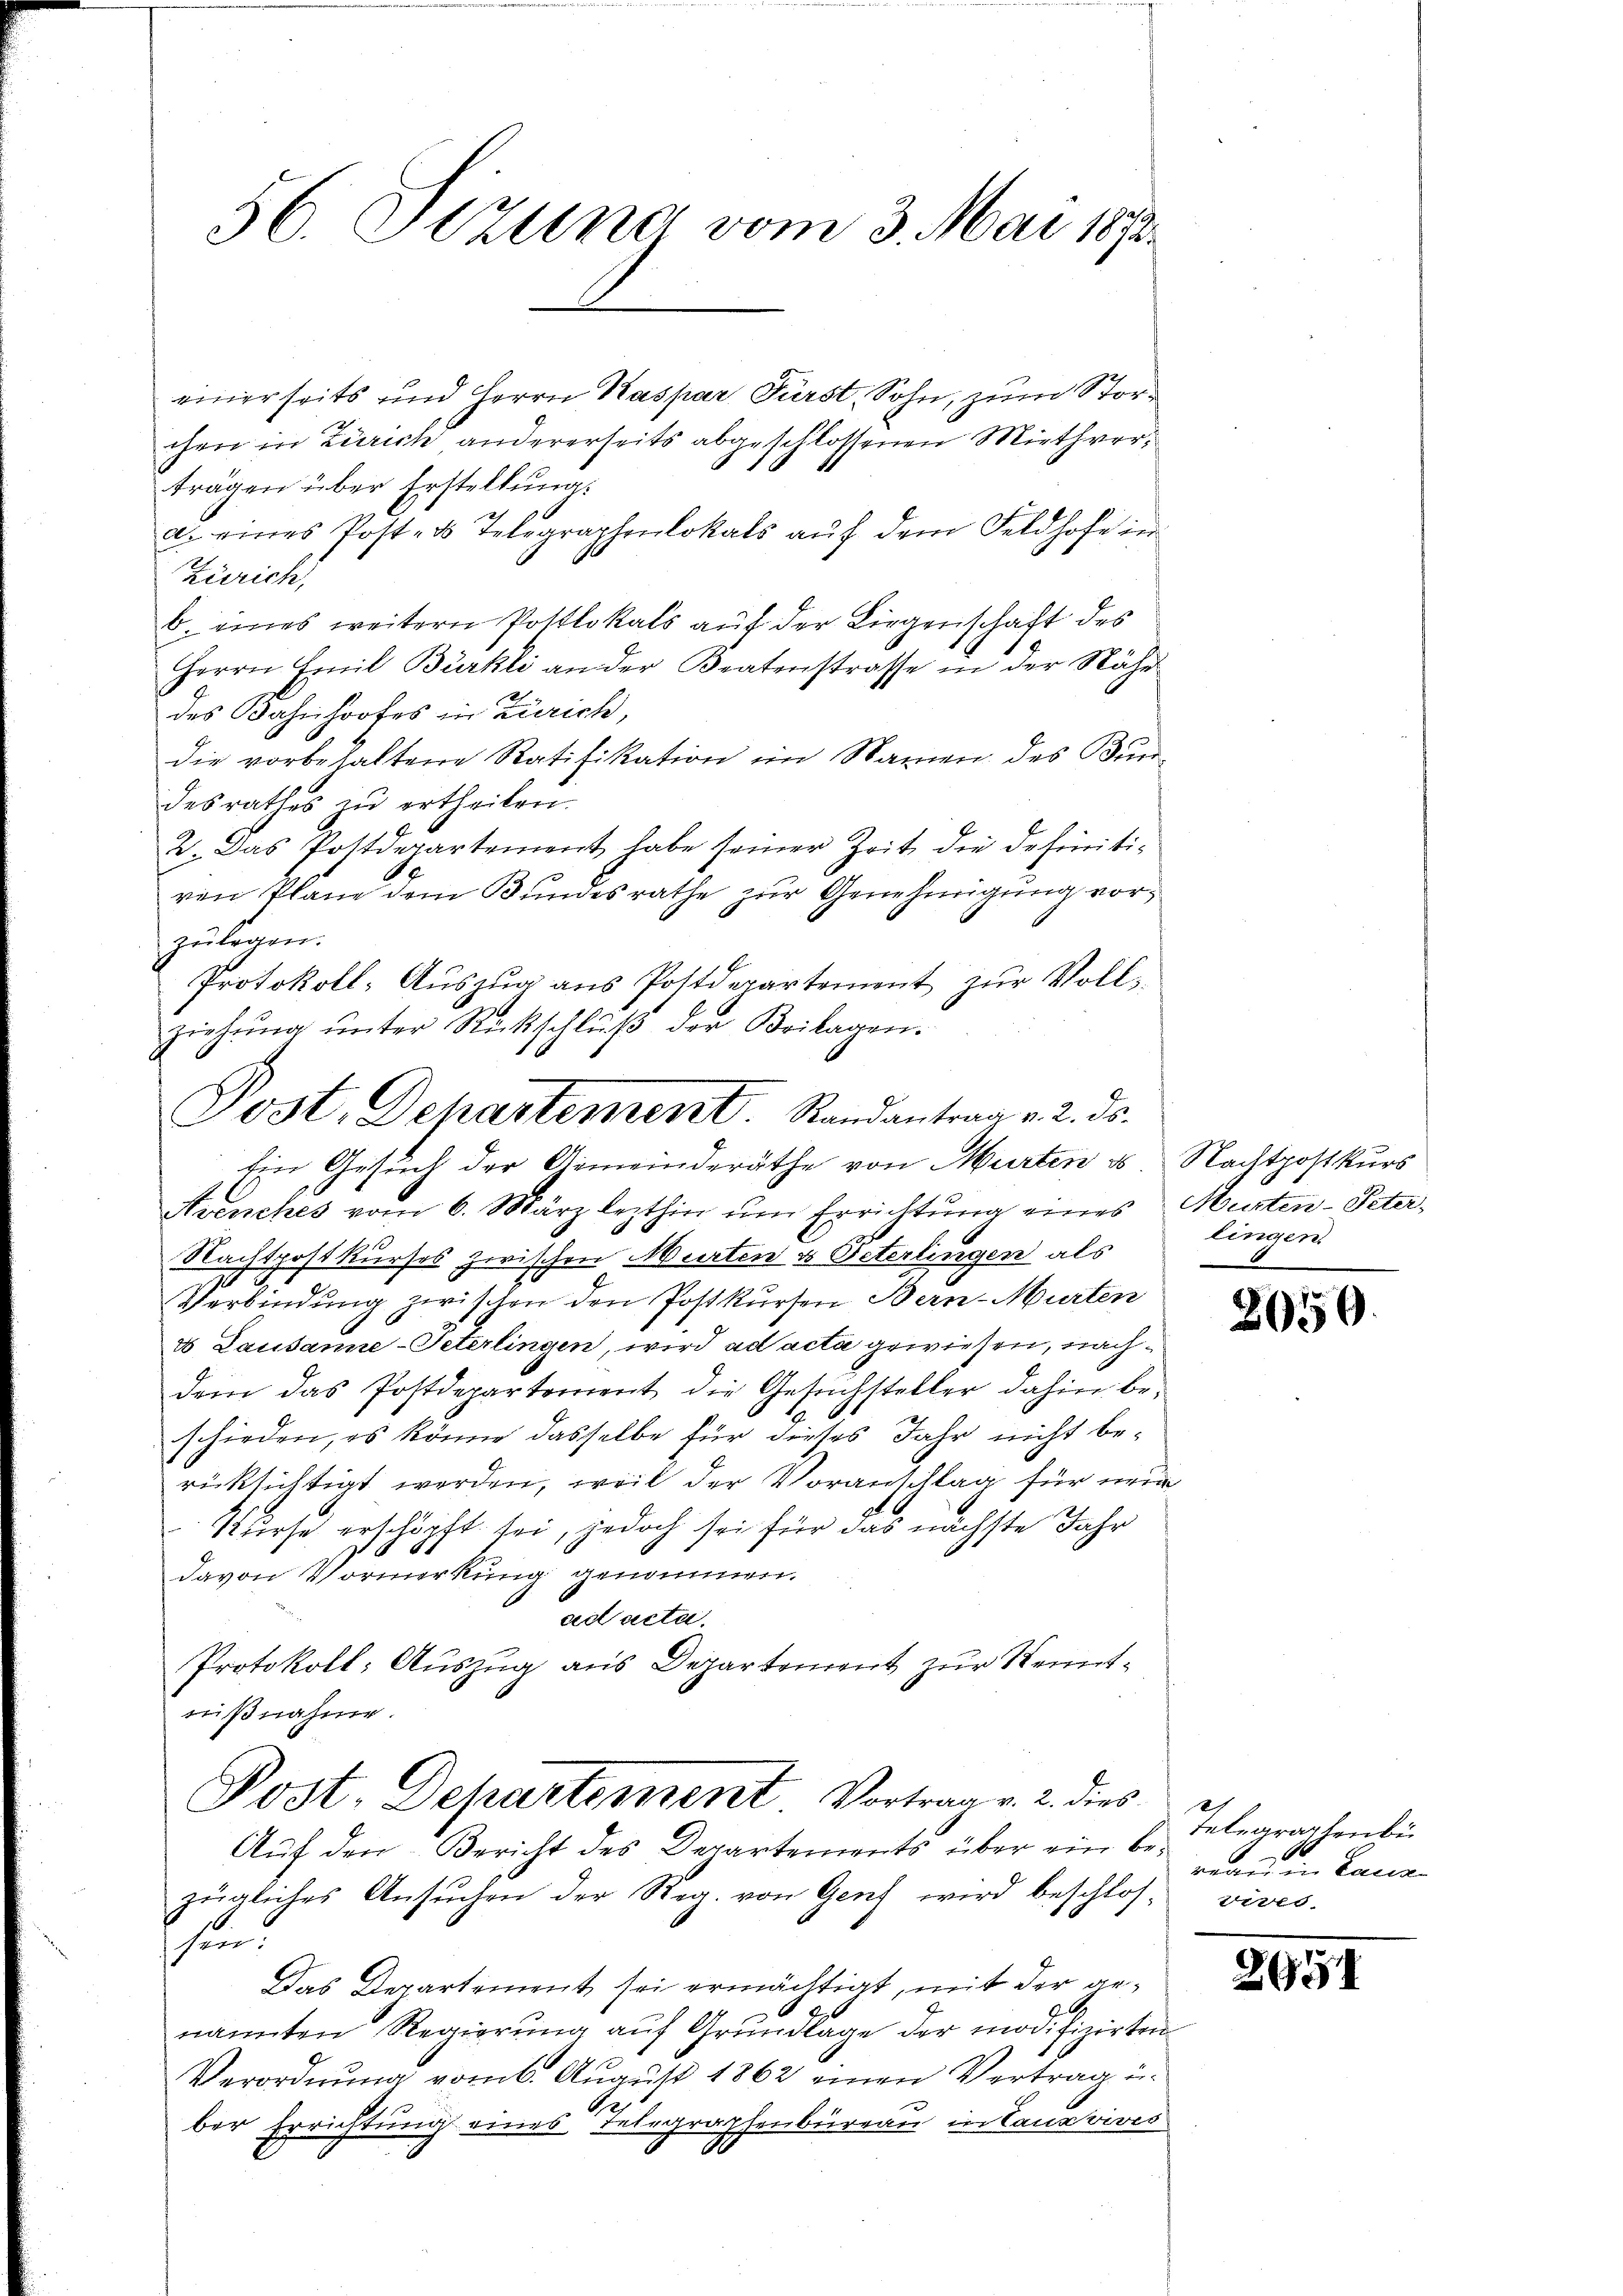
56. Sizung vom 3. Mai 1873.

einerseits und Herrn Kaspar Fürst, Sohn, zum Storchen in Zürich andererseits abgeschlossenen Miethverträgen über Erstellung.
a. eines Post- u Telegraphenlokals auf dem Feldhofe in
Zürich,
b. eines weitern Postlokals auf der Liegenschaft des
Herrn Emil Bürkli an der Beatenstrasse in der Nähe
des Bahnhofes in Zürich,
Die vorbehaltene Ratifikation im Namen des Bun-
desrathes zŭ ertheilen.
2. Das Postdepartement habe seiner Zeit die definitivon Plane dem Bundesrathe zur Genehmigung vorzulegen.
Protokoll- Auszug aus Postdepartement zur Voll¬
Aranches vom 6. März lezthin ŭm Errichtŭng eines Murten-Peter,
Nachtpostkurses zwischen Murten u Peterlingen als
Verbindung zwischen den Postkursen Bern-Murten
4. Lausanne-Peterlingen, wird ad acta gewiesen, nachdem das Postdepartement die Gesŭchsteller dahin be-
schieden, es könne dasselbe für dieses Jahr nicht berücksichtigt werden, weil der Voranschlag für neue
Kurse erschöpft sei, jedoch sei für das nächste Jahr
.
davon Vormerkung genommen.
ad acta.
Protokoll: Auszug aus Departement zur Kenntnißnahme.
Post. Departement Vortrag v. 2. dies
Auf den Bericht des Departements über ein bezügliches Ansŭchen der Reg. von Genf wird beschlos- vives.
sind
Das Departement sei ermächtigt, mit der genannten Regierŭng aŭf Grŭndlage der modifizirten
Verordnŭng vom 6. Aŭgŭst 1862 einen Vertrag u.
Ge
ber Errichtung eines Telegraphenbüreau in Tanzvives

ziehŭng ŭnter Rückschlŭβ der Beilagen.
Post, Dehartement. Randantrag v. 2. ds.
Ein Gesuch der Gemeinderäthe von Murten es Nachtpostkŭrs

lingen

8050.

set
telegraphenbi
reann in Lana

2951